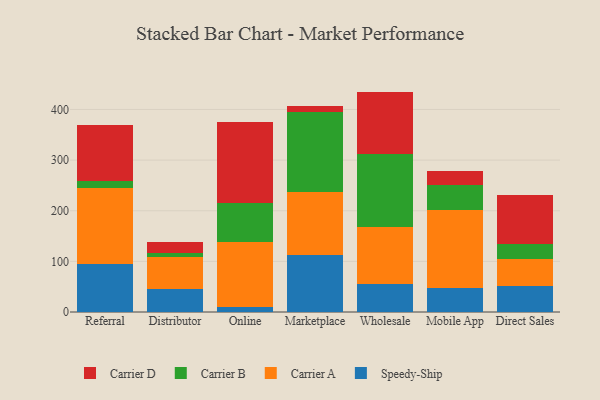
{"axis": {"x": "Channel", "y": "Net Income (USD K)"}, "legend": ["Carrier A", "Carrier B", "Carrier D", "Speedy-Ship"], "data": [{"x": "Referral", "y": 94.2, "type": "Speedy-Ship"}, {"x": "Referral", "y": 151.2, "type": "Carrier A"}, {"x": "Referral", "y": 14.1, "type": "Carrier B"}, {"x": "Referral", "y": 109.9, "type": "Carrier D"}, {"x": "Distributor", "y": 46.1, "type": "Speedy-Ship"}, {"x": "Distributor", "y": 61.6, "type": "Carrier A"}, {"x": "Distributor", "y": 9.3, "type": "Carrier B"}, {"x": "Distributor", "y": 21.5, "type": "Carrier D"}, {"x": "Online", "y": 9.3, "type": "Speedy-Ship"}, {"x": "Online", "y": 129.0, "type": "Carrier A"}, {"x": "Online", "y": 77.4, "type": "Carrier B"}, {"x": "Online", "y": 160.2, "type": "Carrier D"}, {"x": "Marketplace", "y": 112.1, "type": "Speedy-Ship"}, {"x": "Marketplace", "y": 125.8, "type": "Carrier A"}, {"x": "Marketplace", "y": 157.3, "type": "Carrier B"}, {"x": "Marketplace", "y": 11.3, "type": "Carrier D"}, {"x": "Wholesale", "y": 56.2, "type": "Speedy-Ship"}, {"x": "Wholesale", "y": 111.7, "type": "Carrier A"}, {"x": "Wholesale", "y": 144.8, "type": "Carrier B"}, {"x": "Wholesale", "y": 122.6, "type": "Carrier D"}, {"x": "Mobile App", "y": 47.0, "type": "Speedy-Ship"}, {"x": "Mobile App", "y": 154.4, "type": "Carrier A"}, {"x": "Mobile App", "y": 48.9, "type": "Carrier B"}, {"x": "Mobile App", "y": 29.0, "type": "Carrier D"}, {"x": "Direct Sales", "y": 51.2, "type": "Speedy-Ship"}, {"x": "Direct Sales", "y": 53.1, "type": "Carrier A"}, {"x": "Direct Sales", "y": 30.9, "type": "Carrier B"}, {"x": "Direct Sales", "y": 96.0, "type": "Carrier D"}]}